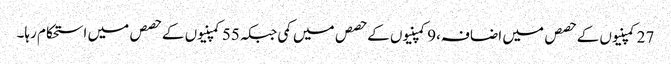
27کمپنیوں کے حصص میں اضافہ،9کمپنیوں کے حصص میں کمی جبکہ55کمپنیوں کے حصص میں استحکام رہا۔